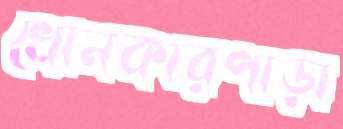
খোনকারপাড়া